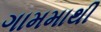
ગામમાથી